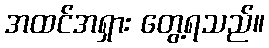
အထင်အရှား တွေ့ရသည်။